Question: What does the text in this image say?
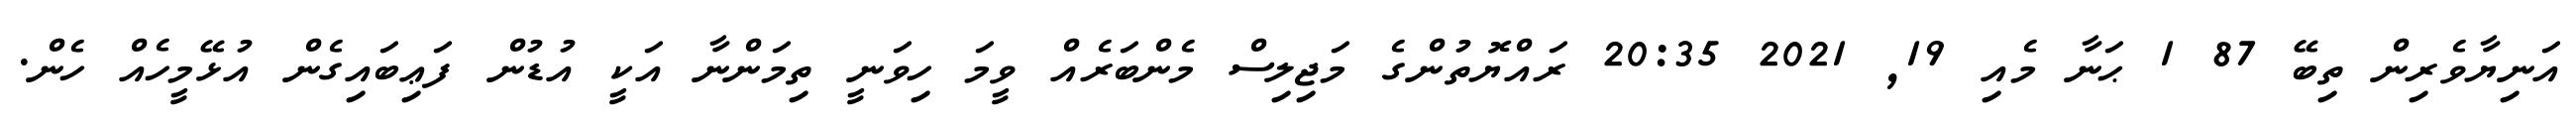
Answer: އަނިޔާވެރިން ތިބޭ 87 1 ޙަނާ މެއި 19, 2021 20:35 ރައްޔޮތުންގެ މަޖިލިސް މެންބަރެއް ވީމަ ހިވަނީ ތިމަންނާ އަކީ އުޑުން ފަޢިބައިގެން އުޅޭމީހެއް ހެން.